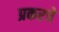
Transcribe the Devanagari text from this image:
प्रकरचे